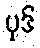
ပုဒ်